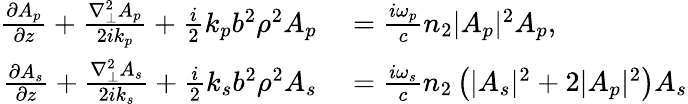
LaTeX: \begin{array}{rl}{\frac{\partial A_{p}}{\partial z}+\frac{\nabla_{\bot}^{2}A_{p}}{2ik_{p}}+\frac{i}{2}k_{p}b^{2}\rho^{2}A_{p}}&{{}=\frac{i\omega_{p}}{c}n_{2}|A_{p}|^{2}A_{p},}\\ {\frac{\partial A_{s}}{\partial z}+\frac{\nabla_{\bot}^{2}A_{s}}{2ik_{s}}+\frac{i}{2}k_{s}b^{2}\rho^{2}A_{s}}&{{}=\frac{i\omega_{s}}{c}n_{2}\left(|A_{s}|^{2}+2|A_{p}|^{2}\right)A_{s}}\end{array}